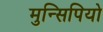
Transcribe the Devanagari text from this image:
मुन्सिपियो